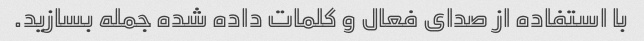
با استفاده از صدای فعال و کلمات داده شده جمله بسازید.